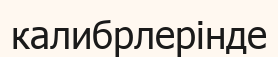
калибрлерінде